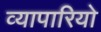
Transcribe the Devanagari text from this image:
व्यापारियो